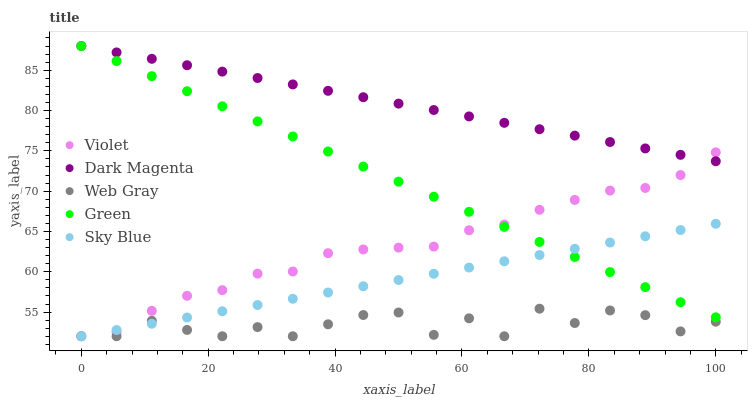
| xaxis_label | Violet | Dark Magenta | Web Gray | Green | Sky Blue |
 | --- | --- | --- | --- | --- | --- |
 | 0 | 52 | 88 | 52 | 88 | 52 |
 | 5.56 | 52.5 | 87.2 | 52 | 86.1 | 52.8 |
 | 11.1 | 55.1 | 86.4 | 53.9 | 84.3 | 53.6 |
 | 16.7 | 57 | 85.6 | 52.8 | 82.4 | 54.3 |
 | 22.2 | 57.7 | 84.8 | 52 | 80.5 | 55.1 |
 | 27.8 | 59.8 | 84 | 53.1 | 78.7 | 55.9 |
 | 33.3 | 60 | 83.2 | 52 | 76.8 | 56.7 |
 | 38.9 | 62.3 | 82.4 | 53.5 | 74.9 | 57.4 |
 | 44.4 | 62.8 | 81.6 | 54.6 | 73 | 58.2 |
 | 50 | 63 | 80.9 | 54.9 | 71.2 | 59 |
 | 55.6 | 63.1 | 80.1 | 52.2 | 69.3 | 59.8 |
 | 61.1 | 65.1 | 79.3 | 54.2 | 67.4 | 60.5 |
 | 66.7 | 65.8 | 78.5 | 52 | 65.6 | 61.3 |
 | 72.2 | 67.7 | 77.7 | 55.4 | 63.7 | 62.1 |
 | 77.8 | 68.9 | 76.9 | 53.6 | 61.8 | 62.9 |
 | 83.3 | 70.1 | 76.1 | 55.2 | 60 | 63.6 |
 | 88.9 | 70.4 | 75.3 | 54.6 | 58.1 | 64.4 |
 | 94.4 | 72 | 74.5 | 52.6 | 56.2 | 65.2 |
 | 100 | 74.8 | 73.7 | 53.8 | 54.4 | 66 |